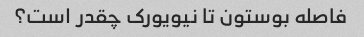
فاصله بوستون تا نیویورک چقدر است؟